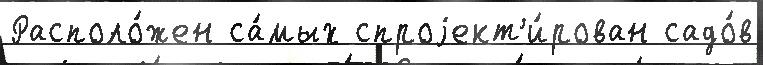
Располо́жен са́мых спроjект'и́рован садо́в